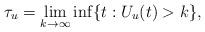
LaTeX: \begin{align*}\tau_u=\lim_{k\rightarrow\infty}\inf\{t:U_u(t)>k\},\end{align*}